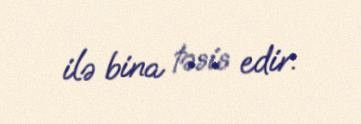
ilə bina təsis edir.